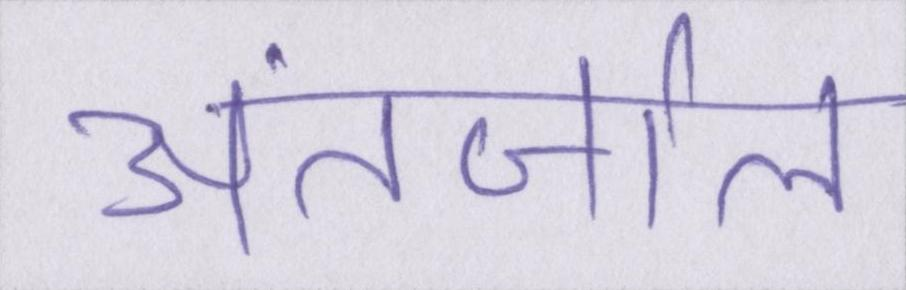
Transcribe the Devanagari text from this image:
अंतर्जाल